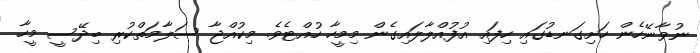
ނުވާނޭހެން ހަށިގަނޑުގައި ހިފައި އުފުއްލާލައިގެން މިމީހާ ހުއްޓެވެ. މިކުއްޖާ ސަލާމަތްކުރި ބިދޭސީ މީހާ